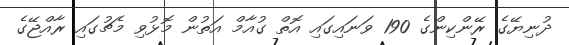
ދުނިޔޭގެ ރޭންކިންގެ 190 ވަނައިގައި އޮތް ގުއާމް އަތުން މޮޅުވި މެޗުގައި ރާއްޖޭގެ